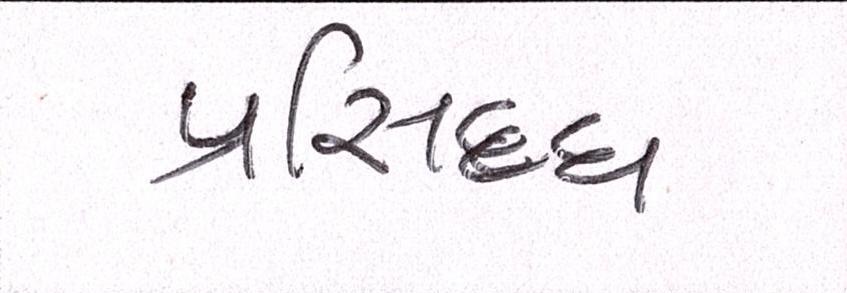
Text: પ્રસિધ્ધ